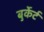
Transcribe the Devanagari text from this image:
बुर्केर्ट